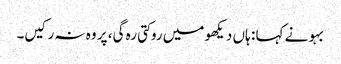
بہو نے کہا : ہاں دیکھو میں روکتی رہ گی، پر وہ نہ رکیں۔